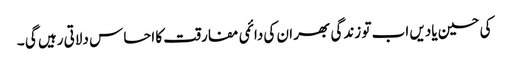
کی حسین یادیں اب تو زندگی بھر ان کی دائمی مفارقت کا احساس دلاتی رہیں گی ۔